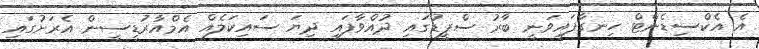
އެ އެކްސިޑެންޓް ހިނގާފައިވަނީ ބާރު ސްޕީޑުގައި ދުއްވާފައި ދިޔަ ސައިކަލެއް އެމްއާރުޑީސީން އެރަށުގައި